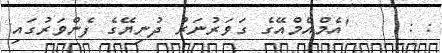
: :     'އެމްއެމްއޭގެ ގަވަރުނަރު ދުނިޔޭގެ ފެންވަރުގައި